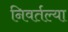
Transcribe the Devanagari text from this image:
निवर्तल्या